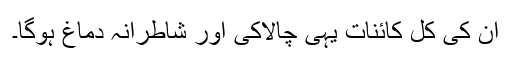
اُن کی کل کائنات یہی چالاکی اور شاطرانہ دماغ ہوگا۔